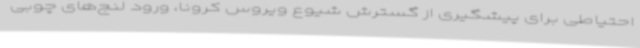
احتیاطی برای پیشگیری از گسترش شیوع ویروس کرونا، ورود لنج‌های چوبی